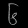
Digit: ၆